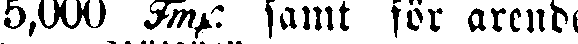
5,000 Fmk. famt för arende